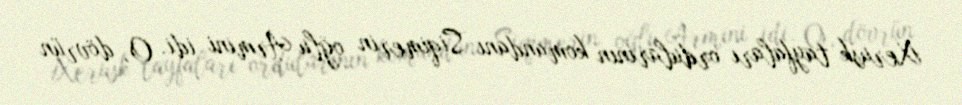
Xerusk tayfaları ordularının komandanı Siqimerin oğlu Armini idi. O, dövrün